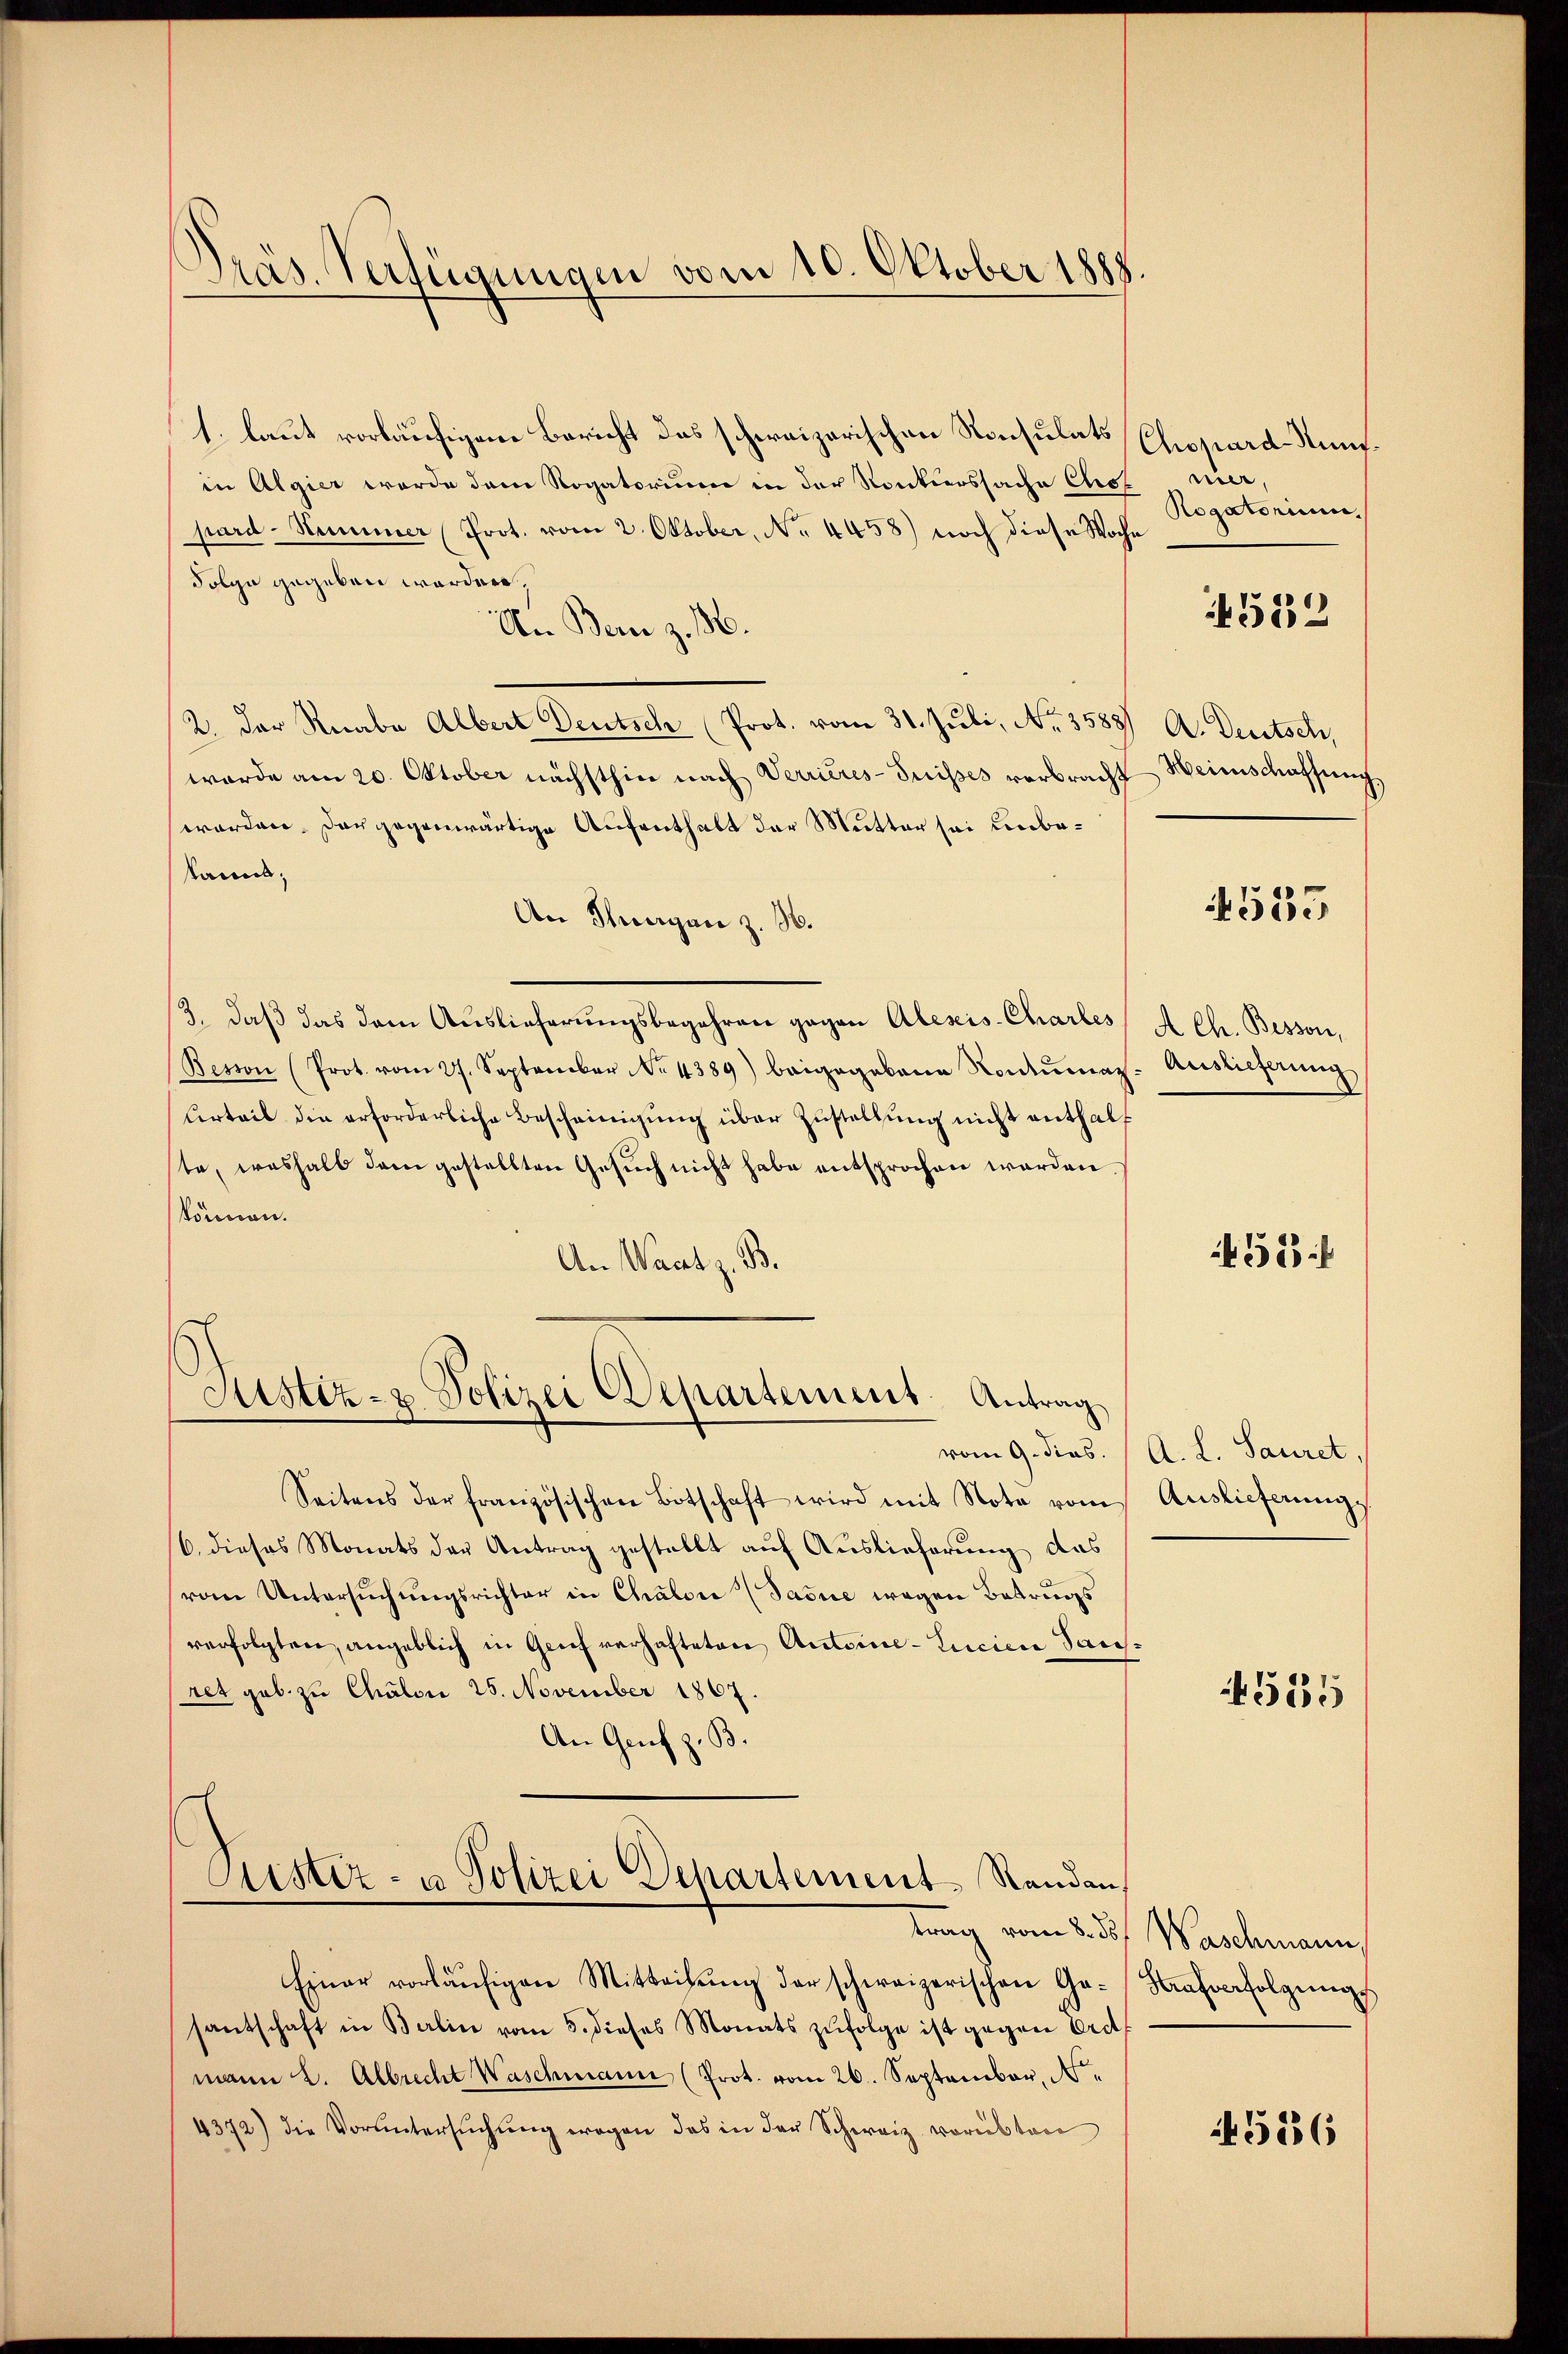
Präs. Verfügungen vom 10. Oktober 1888.

1. laut vorläufigem Bericht das schweizerischen Konsulats (Chopard-Nünfin Algier wurde dann Rogatorium in der Konkurssache Chrof
pard-Sammer (Prot. vom 2. Oktober, No 4458) noch diese Woche
Folge gegeben worden,
An Bern z. 16.
2. der Knabe Albert Deutsch (Prot. vom 31. Juli, No. 3588) A. Deutsch,
wurde am 20. Oktober nächsthin nach Verrieres-Suisses verbracht Heimschaffung,
worden. Das gegenwärtige Aufenthalt der Mutter sei unbekannt,
An Thurgan z. B.
3., daß das dem Auslieferungsbegehren gegen Alexis-Chartes
Besion (Prot. vom 27. September No. 4389) beigegebene Kontumaz- Auslieferung
Urteil die erforderliche Bescheinigŭng über Zustellung nicht enthalt
te, weshalb dem gestellten Gesuch nicht habe entsprochen werden
können.
An Wart z. B.

Seitens der französischen Botschaft wird mit Note vom
16. dieses Monats der Antrag gestellt auf Auslieferung das
vom Untersŭchŭngsrichter in Chalon (Jasie wegen Betrugs
verfolgten, angeblich in Grief verhafteten Antoine-Lucier Sausret geb. zu Chalon 25. November 1867.
An Genf z. B.

Justiz- & Polizei Departement. Antrag

Cister- u Polizei Departement Standen,

Einer vorläŭfigen Mitteilŭng der schweizerischen Ge-
santschaft in Berlin vom 5. dieses Monats zŭfolge ist gegen Ord
mann 2. Albrecht Waschmann (Prot. vom 26. September, Ne
4372) die Vorŭntersŭchŭng wegen das in der Schweiz vorübten

mer,
Rogatorium.

522

4535

A Ch. Bessen,

452 f

vom 9. dies. (A. L. Sauret,
Auslieferung

4585

trag vom 8. ds. Waschmann,
Strafverfolgungs

45836